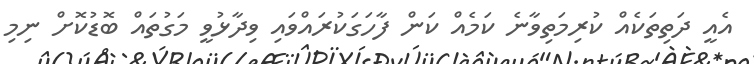
އެއީ ދަތިތަކެއް ކުރިމަތިވާނެ ކަމެއް ކަން ފާހަގަކުރައްވައި ވިދާޅުވީ މަގުތައް ބޮޑުކޮށް ނިމި